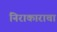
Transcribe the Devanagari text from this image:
निराकाराचा